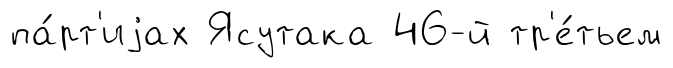
па́рт'иjах Ясутака 46-й тр'е́тьем